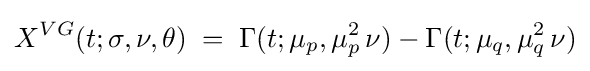
X^{VG}(t;\sigma ,\nu ,\theta )\;=\;\Gamma (t;\mu _{p},\mu _{p}^{2}\,\nu )-\Gamma (t;\mu _{q},\mu _{q}^{2}\,\nu )